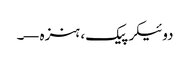
دوئیکر پیک، ہنزہ—۔